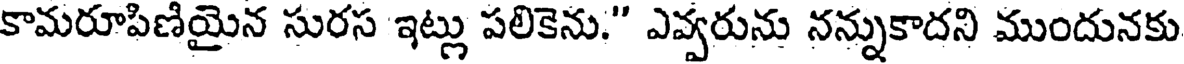
కామరూపిణియైన సురస ఇట్లు పలికెను." ఎవ్వరును నన్నుకాదని ముందునకు